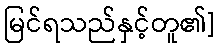
မြင်ရသည်နှင့်တူ၏]